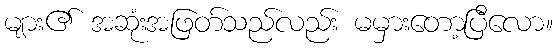
များ၏ အဆုံးအဖြတ်သည်လည်း မမှားတော့ပြီလော။